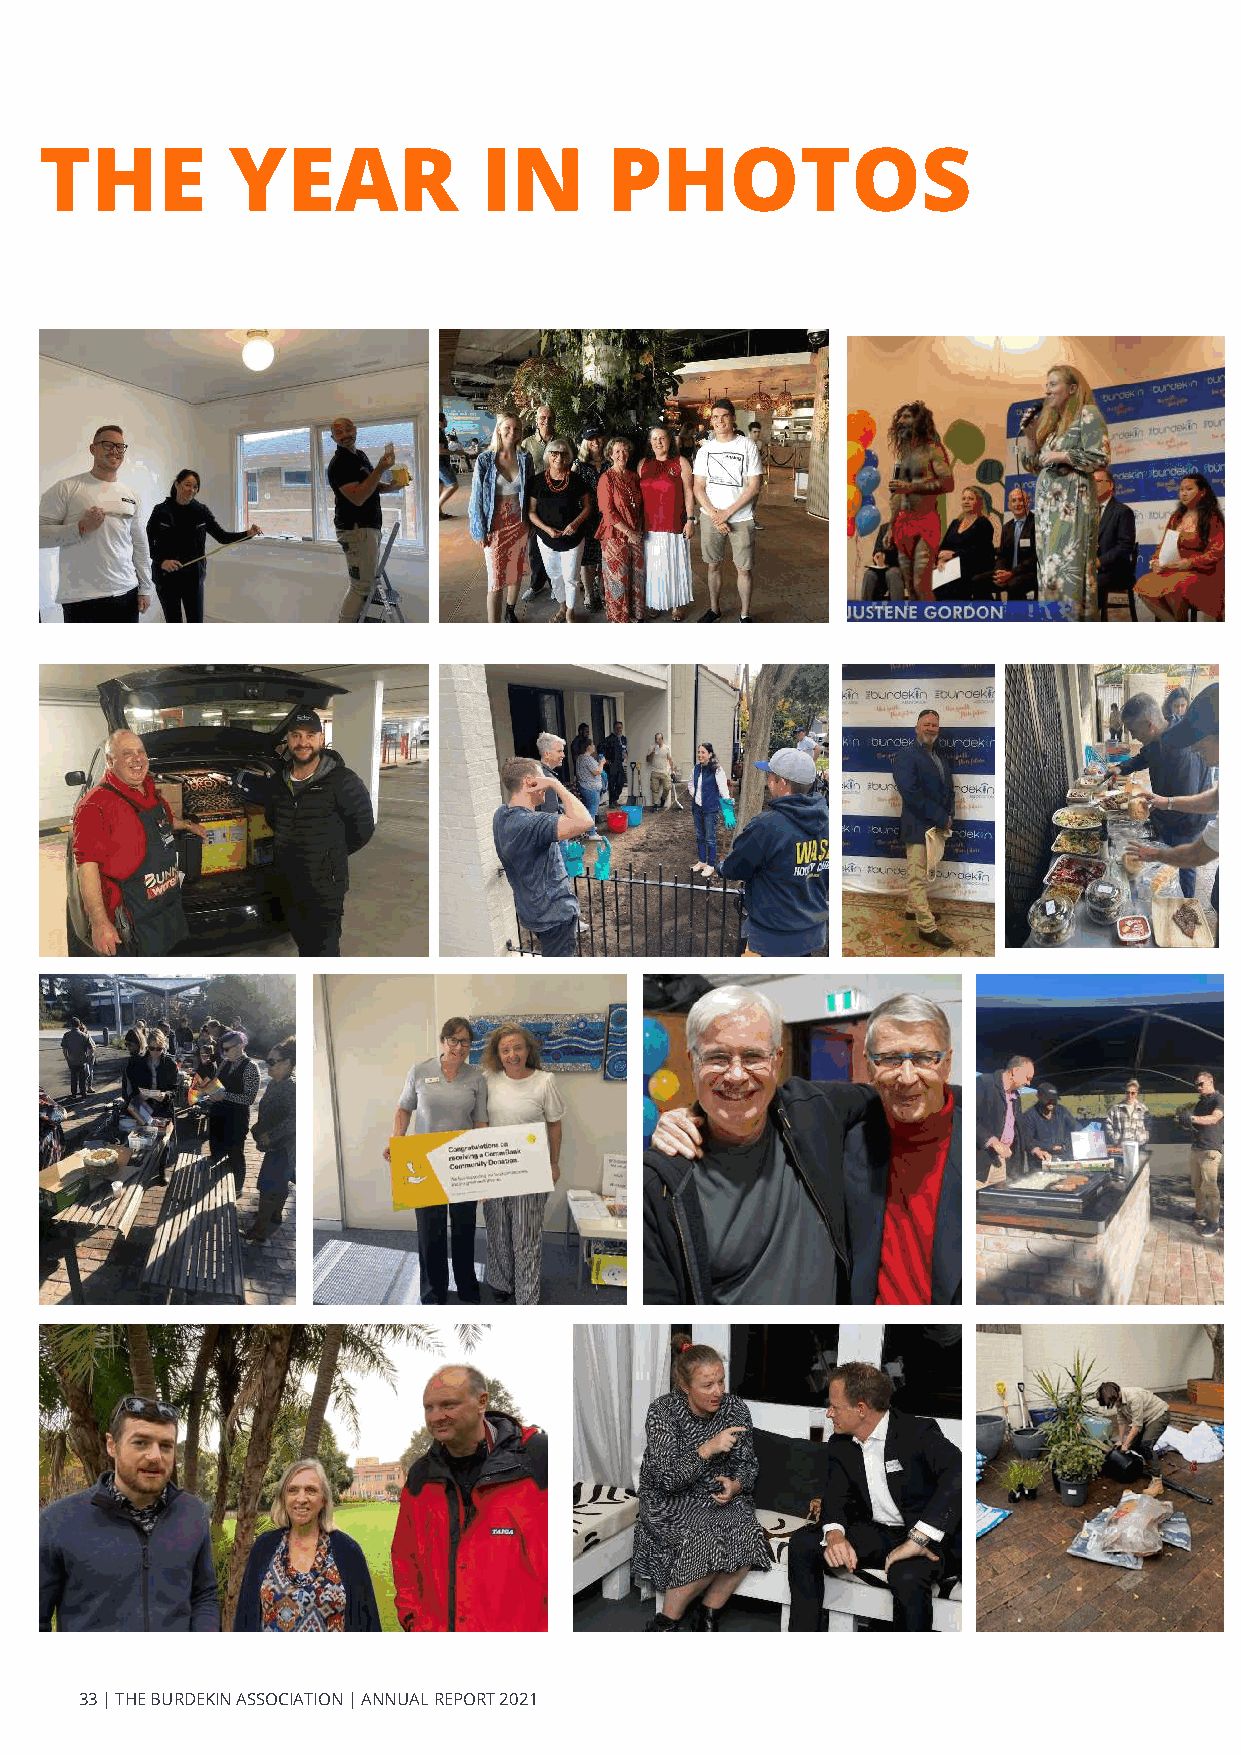
THE         YEAR             IN      PHOTOS
 33 | THE BURDEKIN ASSOCIATION | ANNUAL REPORT 2021